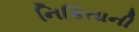
નિકિતાની